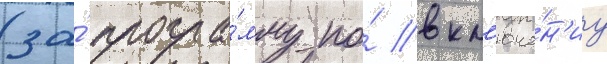
(за́ програ́мму по́ вкл'юче́н'иу